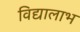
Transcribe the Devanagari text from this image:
विद्यालाभ